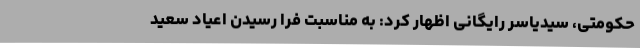
حکومتی، سیدیاسر رایگانی اظهار کرد: به مناسبت فرا رسیدن اعیاد سعید